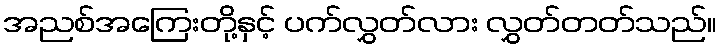
အညစ်အကြေးတို့နှင့် ပက်လွှတ်လား လွှတ်တတ်သည်။